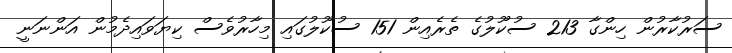
ސަރުކާރުން ހިންގާ 213 ސުކޫލުގެ ތެރެއިން 151 ސުކޫލުގައި މިހާރުވެސް ކިޔަވައިދެމުން އަންނަނީ